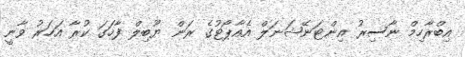
އިބްރާހިމް ނާސިރު އިންޓަނޭޝަނަލް އެއާޕޯޓުގެ ރަން ޔޫބިލް ފާހަގަ ކުރާ އަހަރު ވާނީ